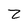
Character: z